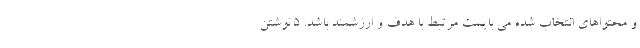
و محتواهای انتخاب شده می بایست مرتبط با هدف و ارزشمند باشد. 5 نوشتن